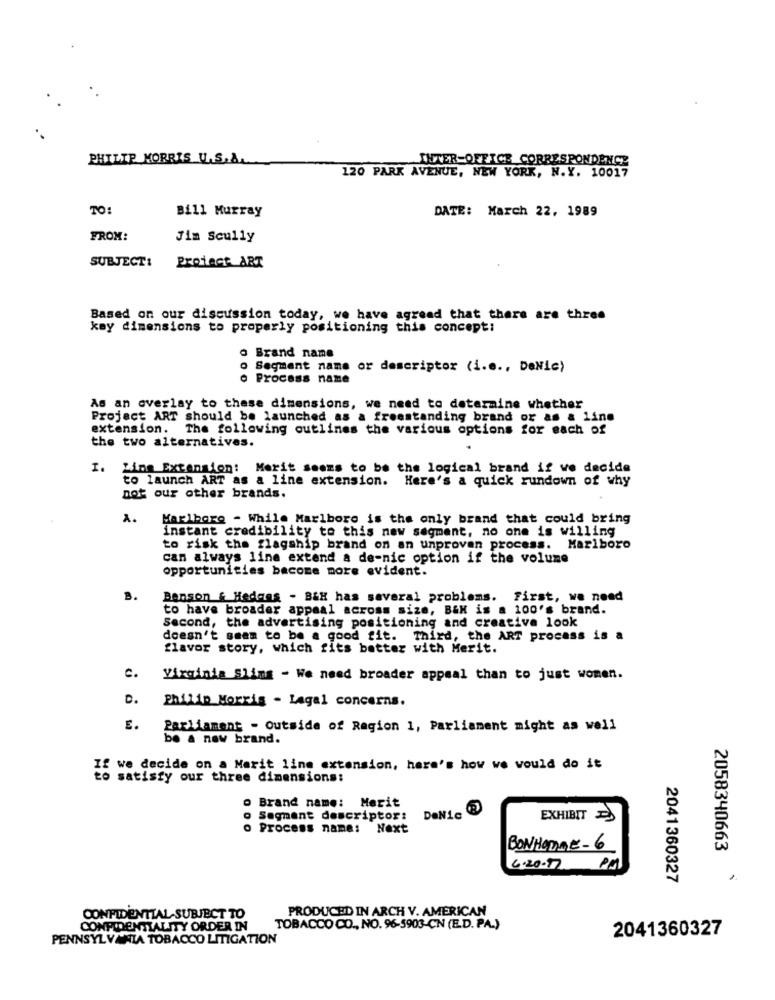
PHILIP MORRIS U.S.A.
INTER-OFFICE CORRESPONDENCE
120 PARK AVENUE, NEW YORK, N.Y. 10017
TO
Bill Murray
DATE: March 22, 1989
FROM:
Jim Scully
SUBJECT:
Project ART
Based on our discussion today, we have agreed that there are three
key dimensions to properly positioning this concept:
o Brand name
o Segment name or descriptor (i.e ., DeNic)
o Process name
As an overlay to these dimensions, we need to determine whether
Project ART should be launched as a freestanding brand or as & line
extension. The following outlines the various options for each of
the two alternatives.
I.
Zing Extension: Merit seems to be the logical brand if we decide
to launch ART as a line extension. Here's a quick rundown of why
not our other brands.
A.
Marlboro - While Marlboro is the only brand that could bring
instant credibility to this new segment, no one is willing
to risk the flagship brand on an unproven process. Marlboro
can always line extend a de-nic option if the volume
opportunities become more evident.
B.
Benson & Hedans - B&H has several problems. First, we need
to have broader appeal across size, B&H is a 100's brand.
Second, the advertising positioning and creative look
doesn't seem to be a good fit. Third, the ART process is a
flavor story, which fits better with Merit.
c.
Virginia Slims - We need broader appeal than to just women.
0.
Philip Morris - Lagal concerns.
E.
Parliament - outside of Region 1, Parliament might as well
be a new brand.
If we decide on a Marit line extension, here's how we would do it
to satisfy our three dimensions:
Brand name: Merit
Segment descriptor:
DeNic
EXHIBIT
o Process name: Next
BONHOMME-6
2058340663
6.20-7
PM
2041360327
PRODUCED IN ARCH V. AMERICAN
CONFIDENTIAL SUBJECT TO
CONFIDENTIALITY ORDER IN
TOBACCO CO ., NO. 96-5903-CN (E.D. PA.)
2041360327
PENNSYLVANIA TOBACCO LITIGATION